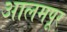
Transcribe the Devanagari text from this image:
आलमपूर